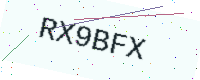
Text: RX9BFX